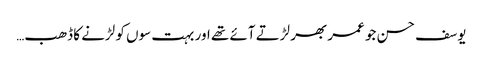
یوسف حسن جو عمر بھر لڑتے آئے تھے اور بہت سوں کو لڑنے کا ڈھب…